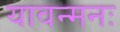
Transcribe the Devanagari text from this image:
यावन्मनः